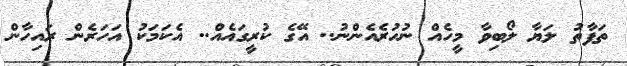
ތަފާތު ލަޔާ ލޯބިވާ މީހެއް ނުހުރެއެންނު.. އޭގެ ކުރީގައެއް.. އެކަމަކު އަހަރެން ރައިހާން